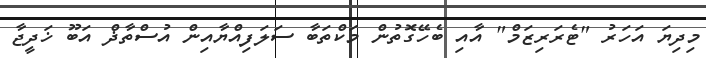
މިދިޔަ އަހަރު "ޓެރަރިޒަމް" އާއި ބެހޭގޮތުން މަކްތަބާ ސަލަފިއްޔާއިން އުސްތާޛް އަބޫ ޚަދީޖާ